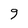
Character: 9